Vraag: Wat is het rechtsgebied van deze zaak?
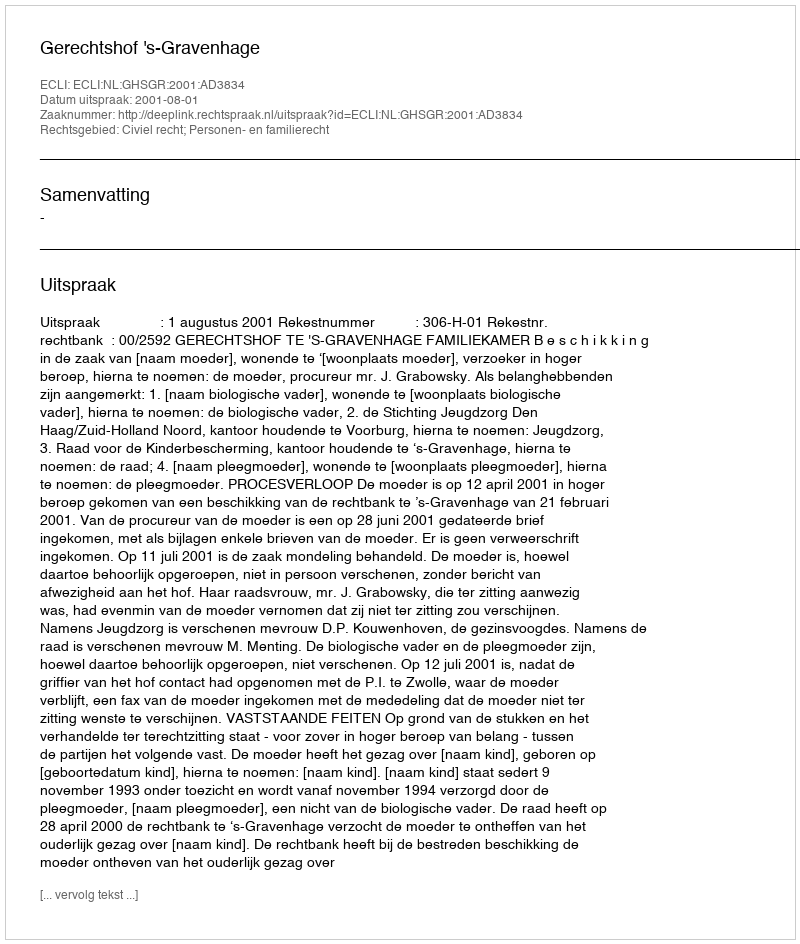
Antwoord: Civiel recht; Personen- en familierecht